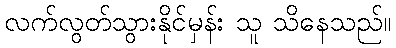
လက်လွတ်သွားနိုင်မှန်း သူ သိနေသည်။